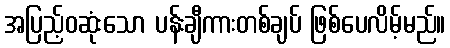
အပြည့်ဝဆုံးသော ပန်းချီကားတစ်ချပ် ဖြစ်ပေလိမ့်မည်။